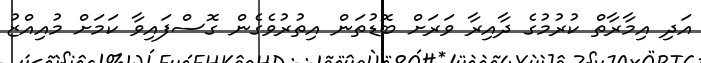
އަދި އިމާރާތް ކުރުމުގެ ދާއިރާ ވަރަށް ބޮޑުތަން އިތުރުވެގެން ގޮސްފައިވާ ކަމަށް މުއިއްޒު